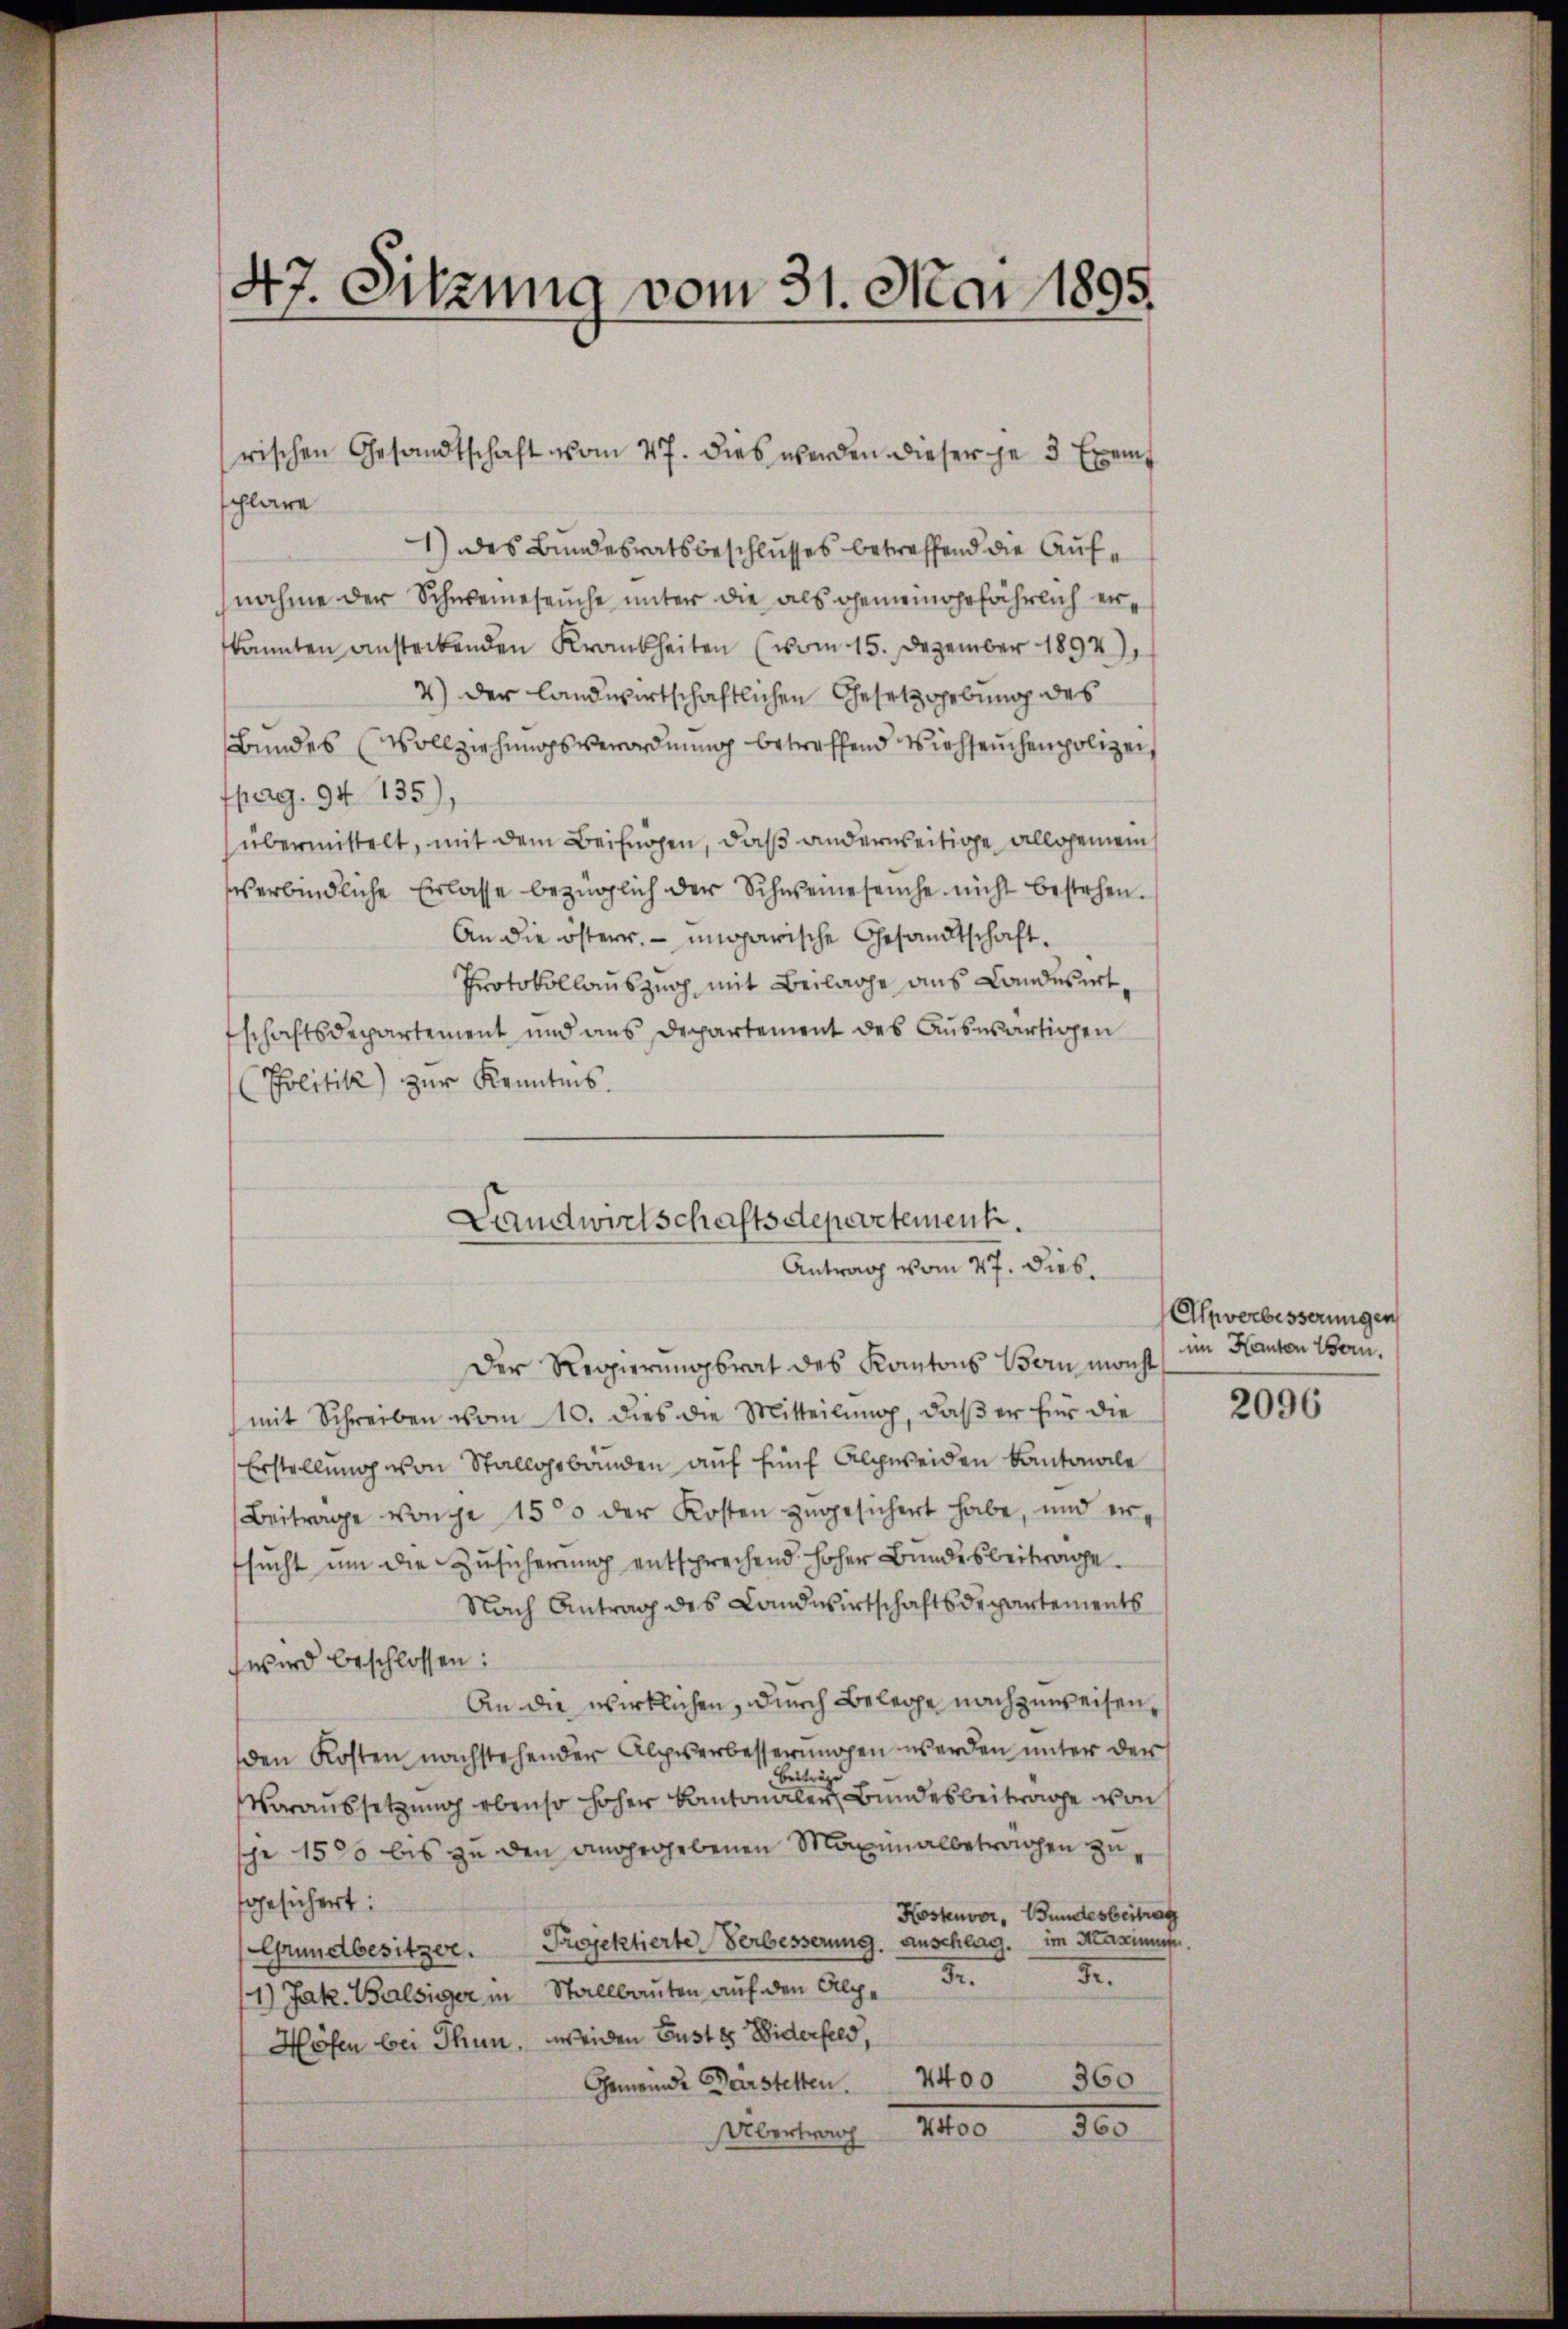
47. Sitzung vom 31. Mai 1895

schlage
1) des Bundesratsbeschlusses betreffend die Aufnahme der Schweineseuche unter die als gemeingefährlich erkannten ansteckenden Krankheiten (vom 15. Dezember 1892
4) der landwirtschaftlichen Gesetzgebung des
Bundes Vollziehungsverordnung betreffend Viehseuchen polizei,
fpag. 94. 135),
übermittelt, mit dem Beifügen, daß anderweitige allgemeinverbindliche Erlasse bezüglich der Schweineseuche nicht bestehen.
An die österr. ungarische Gesandtschaft¬
Protokollauszug mit Beilage aus Landesirt,
schaftsdepartement und aus Departement des Auswärtigen
Politik) zur Kenntnis.
Der Regierungsrat des Kantons Vor macht
mit Schreiben vom 10. dies die Mitteilŭng, daβ er für die
Erstellung von Stallgebäuden auf fünf Alpweiden Kantonale
Beitrage von je 1500 der Kosten zugesichert habe, und ersucht um die Zusicherung entsprechend hoher Bundesbeitrage.
Nach Antrag des Landwirtschaftsdepartements
wird beschlossen:
An die wirklichen, durch Belege nachzuweisen,
den Kosten nachstehender Alpserbesserungen werden unter der
beiträge
Voraussetzung ebenso hoher Kantonaler Bundesbeitrage von
sche 1500 bis zu den angegebenen Maximalbetrachen zugesichert:
Kostenvor, Bundesbeitrag
Projektierte Verbesserung. Anschlag. im Maximums
Grundbesitzer.
.
5.
1) Jak. Walsiger in Stallbauten auf den Alp¬
Höfen bei Thun, weiden Gustes Widerfeld,
360
Gemeinde Darstetten              2400
1100.
300
Übertrach

rischen Gesandtschaft vom 27. dies werden dieser je 3 Exemt

Landwirtschaftsdepertement.
Antrag vom 27. Dieb.

Alpverbesserungen
im Kanton Bern.

2096